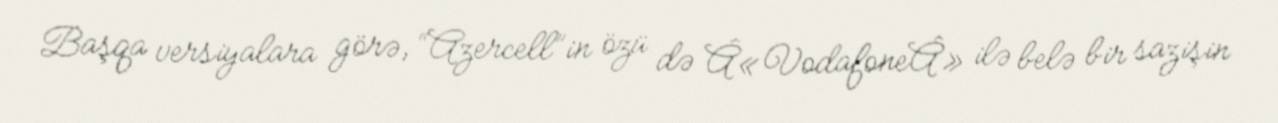
Başqa versiyalara görə, “Azercell”in özü də Â«VodafoneÂ» ilə belə bir sazişin